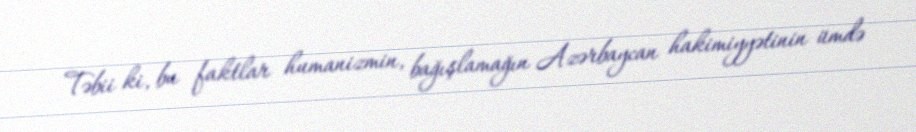
Təbii ki, bu faktlar humanizmin, bağışlamağın Azərbaycan hakimiyyətinin ümdə